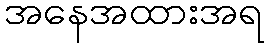
အနေအထားအရ